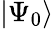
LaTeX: |\Psi_{0}\rangle